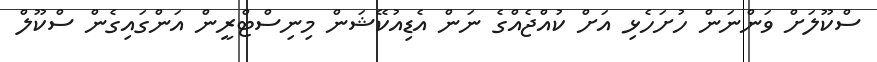
ސްކޫލަށް ވަންނަން ހުށަހެޅި އަށް ކުއްޖެއްގެ ނަން އެޑިއުކޭޝަން މިނިސްޓްރީން އަންގައިގެން ސްކޫލް